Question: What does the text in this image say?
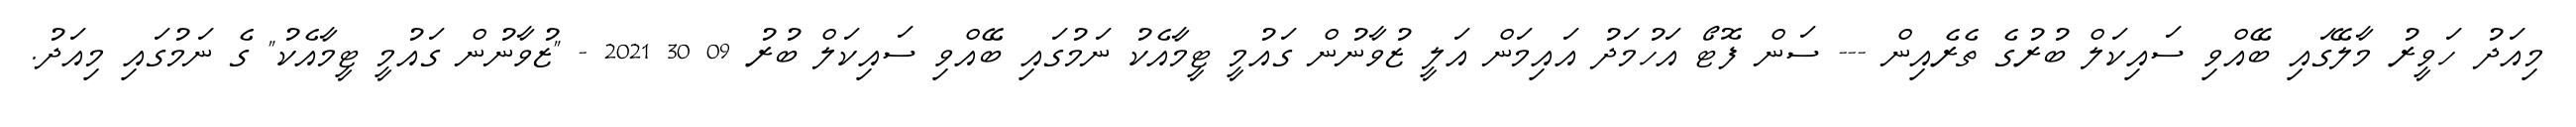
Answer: މިއަދު ހަވީރު މާލޭގައި ބޭއްވި ސައިކަލް ބުރުގެ ތެރެއިން --- ސަން ފޮޓޯ އަހުމަދު އައިމަން އަލީ ޒުވާނުން ގައުމީ ޓީމާއެކު ނަމުގައި ބޭއްވި ސައިކަލް ބުރު 09 30 2021 - "ޒުވާނުން ގައުމީ ޓީމާއެކު" ގެ ނަމުގައި މިއަދު.